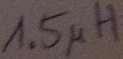
Text: 1.5µH